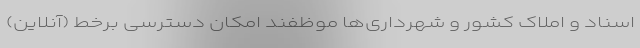
اسناد و املاک کشور و شهرداری‌ها موظفند امکان دسترسی برخط (آنلاین)